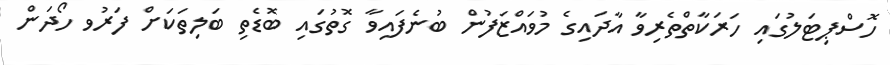
ހޮސްޕިޓަލުގައި ހަރަކާތްތެރިވާ އާދައިގެ މުވައްޒަފުން ބުނެފައިވާ ގޮތުގައި ބޮޑެތި ބަލިތަކަށް ފަރުވ ހޯދަން